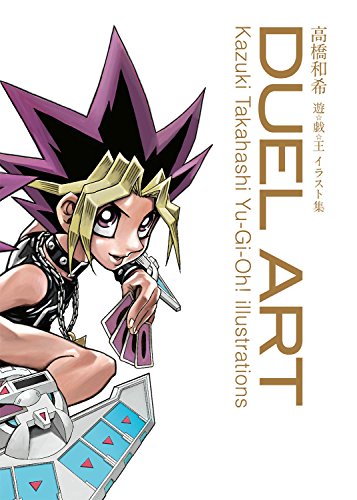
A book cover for Duel Art: Kazuki Takahashi Yu-Gi-Oh! Illustrations; Kazuki Takahashi; Humor & Entertainment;